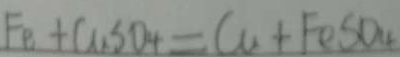
F e + C u S O _ { 4 } = C u + F e S O _ { 4 }